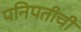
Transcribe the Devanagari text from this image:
पनिपतीची